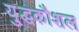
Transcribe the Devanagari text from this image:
यु्द्धकौशल